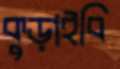
কুড়াইবি